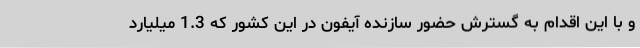
و با این اقدام به گسترش حضور سازنده آیفون در این کشور که 1.3 میلیارد